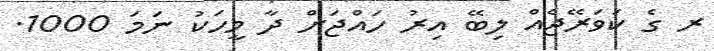
ރ ގެ ކަވަރޭޖެއް ލިބޭ އިރު ހައްޖަށް ދާ މީހަކު ނަމަ 1000.